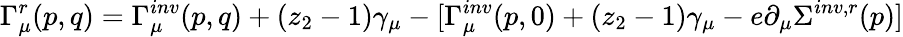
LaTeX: \Gamma_{\mu}^{r}(p,q)=\Gamma_{\mu}^{inv}(p,q)+(z_{2}-1)\gamma_{\mu}-[\Gamma_{\mu}^{inv}(p,0)+(z_{2}-1)\gamma_{\mu}-e\partial_{\mu}\Sigma^{inv,r}(p)]